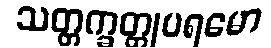
သတ္တက္ခတ္တုပရမော